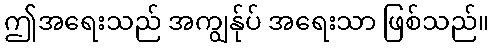
ဤအရေးသည် အကျွန်ုပ် အရေးသာ ဖြစ်သည်။